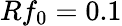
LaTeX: Rf_{0}=0.1